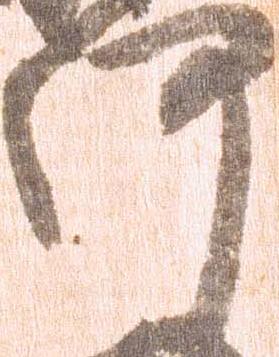
河